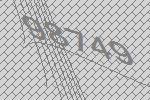
98749